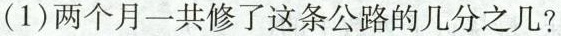
(1)两个月一共修了这条公路的几分之几?